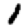
Digit: 1